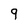
Character: 9